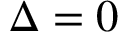
\Delta = 0